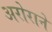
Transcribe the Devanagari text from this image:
अरोराने